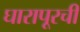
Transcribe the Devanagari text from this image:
घारापूरची